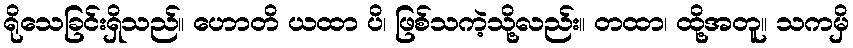
ရိုသေခြင်းရှိသည်။ ဟောတိ ယထာ ပိ၊ ဖြစ်သကဲ့သို့လည်း။ တထာ၊ ထို့အတူ။ သကမှိ